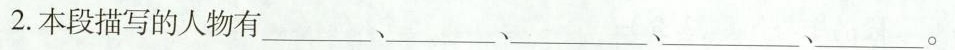
2.本段描写的人物有___、___、___、___、___。